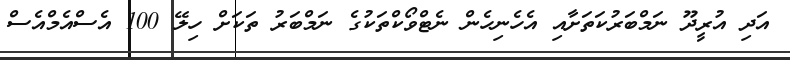
އަދި އުރީދޫ ނަމްބަރުކަތަށާއި އެހެނިހެން ނެޓްވޯކްތަކުގެ ނަމްބަރު ތަކަށް ހިލޭ 100 އެސްއެމްއެސް